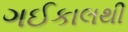
ગઈકાલથી